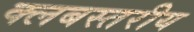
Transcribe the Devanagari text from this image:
क्लबस्तरीय